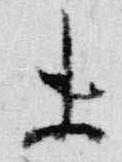
未